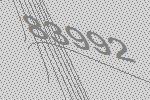
83992